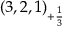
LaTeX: ( 3 , 2 , 1 ) _ { + { \frac { 1 } { 3 } } }